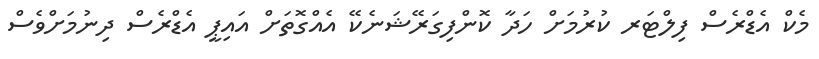
މެކް އެޑްރެސް ފިލްޓަރ ކުރުމަށް ހަދާ ކޮންފިގަރޭޝަނެކޭ އެއްގޮތަށް އައިޕީ އެޑްރެސް ދިނުމަށްވެސް